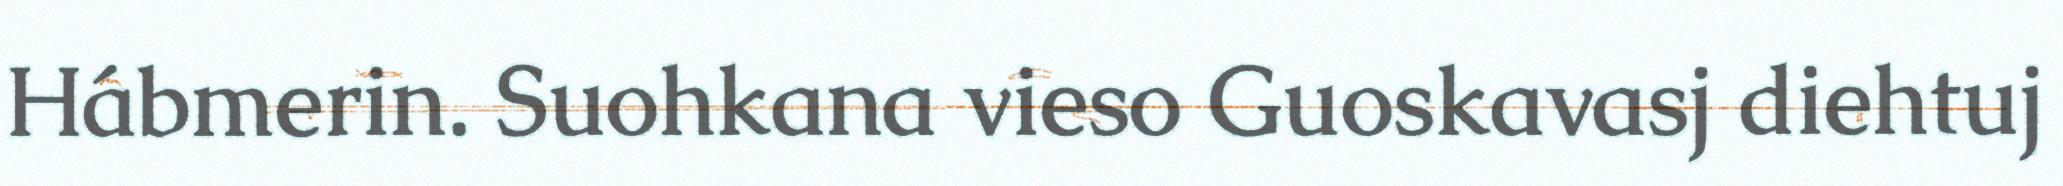
Hábmerin. Suohkana vieso Guoskavasj diehtuj